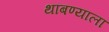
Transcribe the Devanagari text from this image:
थांबण्याला